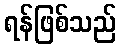
ရန်ဖြစ်သည်